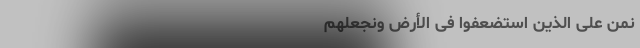
نَّمُنَّ عَلَی الَّذِینَ اسْتُضْعِفُوا فِی الْأَرْضِ وَنَجْعَلَهُمْ